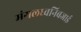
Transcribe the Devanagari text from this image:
मंगलध्वनिबजाई